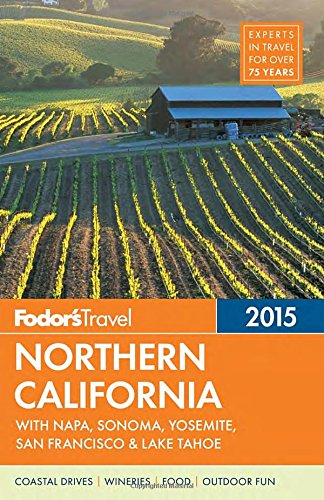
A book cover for Fodor's Northern California 2015: with Napa, Sonoma, Yosemite, San Francisco & Lake Tahoe (Full-color Travel Guide); Fodor's; Travel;